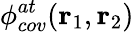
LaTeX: \phi_{cov}^{at}(\textbf{r}_{1},\textbf{r}_{2})